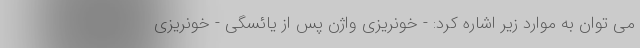
می توان به موارد زیر اشاره کرد: - خونریزی واژن پس از یائسگی - خونریزی